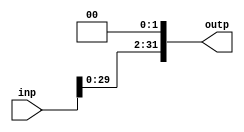
module shifter(outp, inp);
input[31:0] inp;
output[31:0] outp;
assign outp = {inp[29:0],2'b00};
endmodule